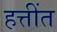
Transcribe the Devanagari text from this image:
हत्तींत